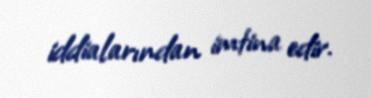
iddialarından imtina edir.